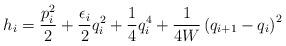
LaTeX: \begin{align*} h_i = \frac{p_i^2}{2} + \frac{\epsilon_i}{2}q_i^2 + \frac{1}{4}q_i^4 + \frac{1}{4W}\left(q_{i+1} - q_i\right)^2 \end{align*}